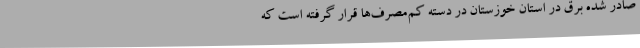
صادر شده برق در استان خوزستان در دسته کم‌مصرف‌ها قرار گرفته است که